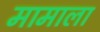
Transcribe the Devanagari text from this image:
मामाला